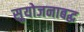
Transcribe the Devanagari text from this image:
सुयोजनाबद्ध